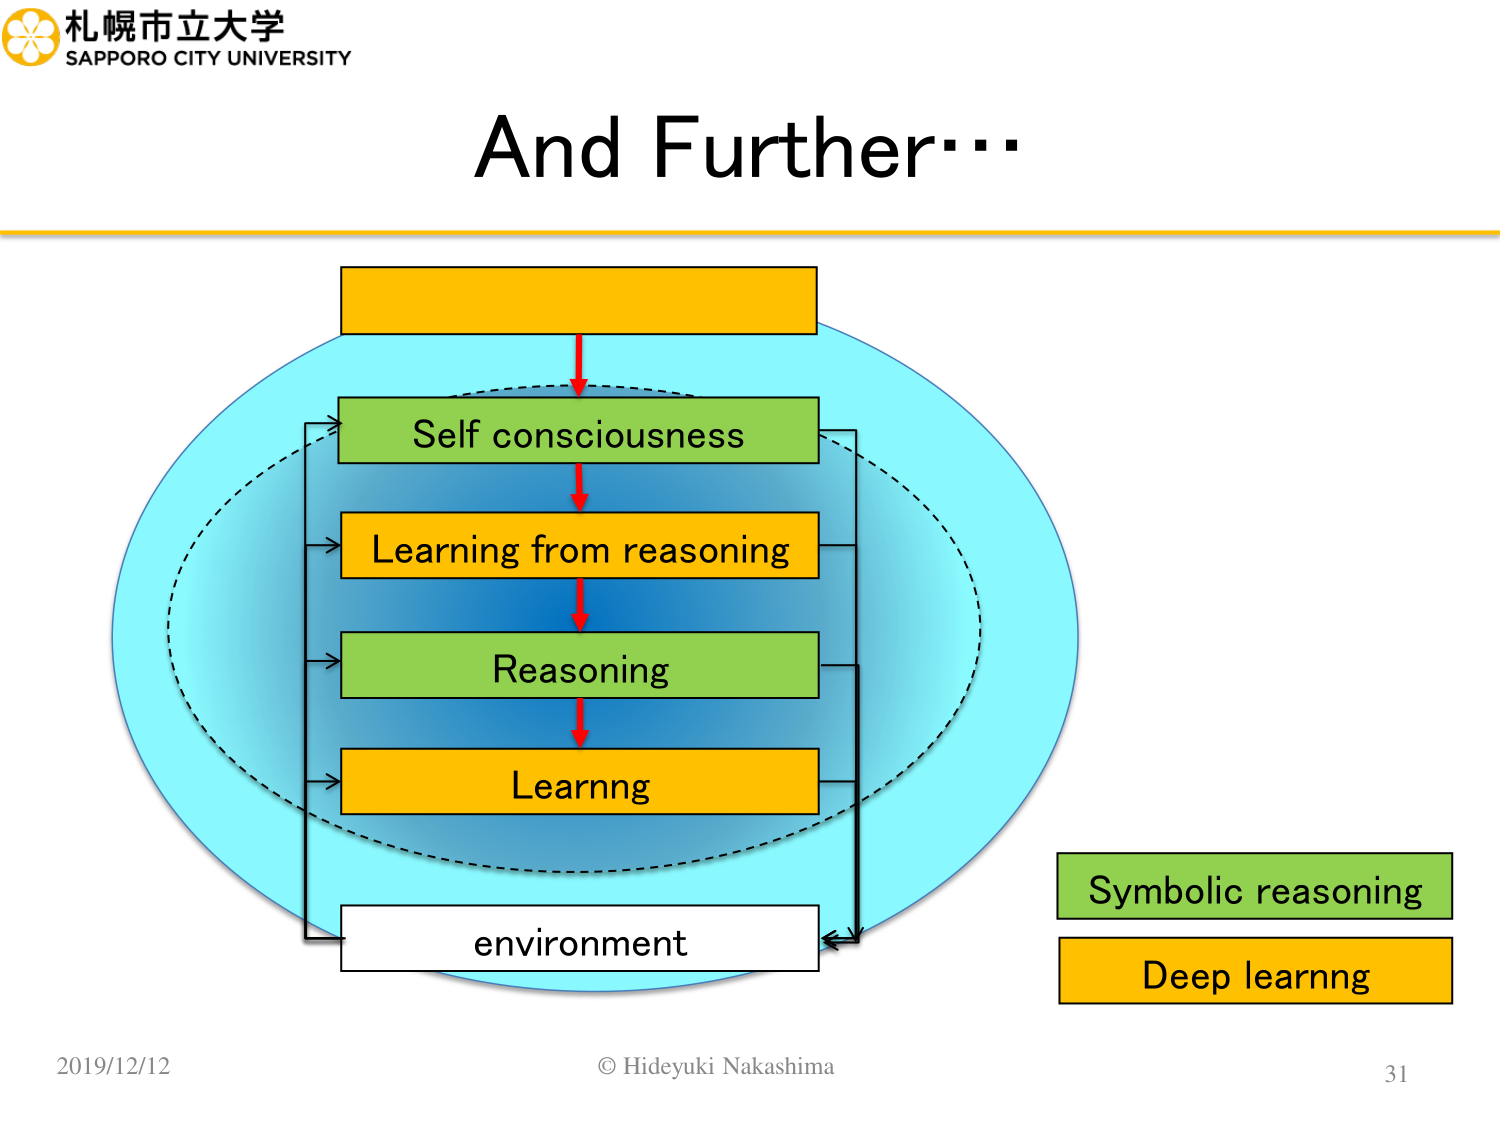
札幌市立大学
SAPPORO CITY UNIVERSITY
And Further…
Self consciousness
Learning from reasoning
Reasoning
Learnng
environment
Symbolic reasoning
Deep learnng
2019/12/12
© Hideyuki Nakashima
31